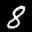
Label: 8